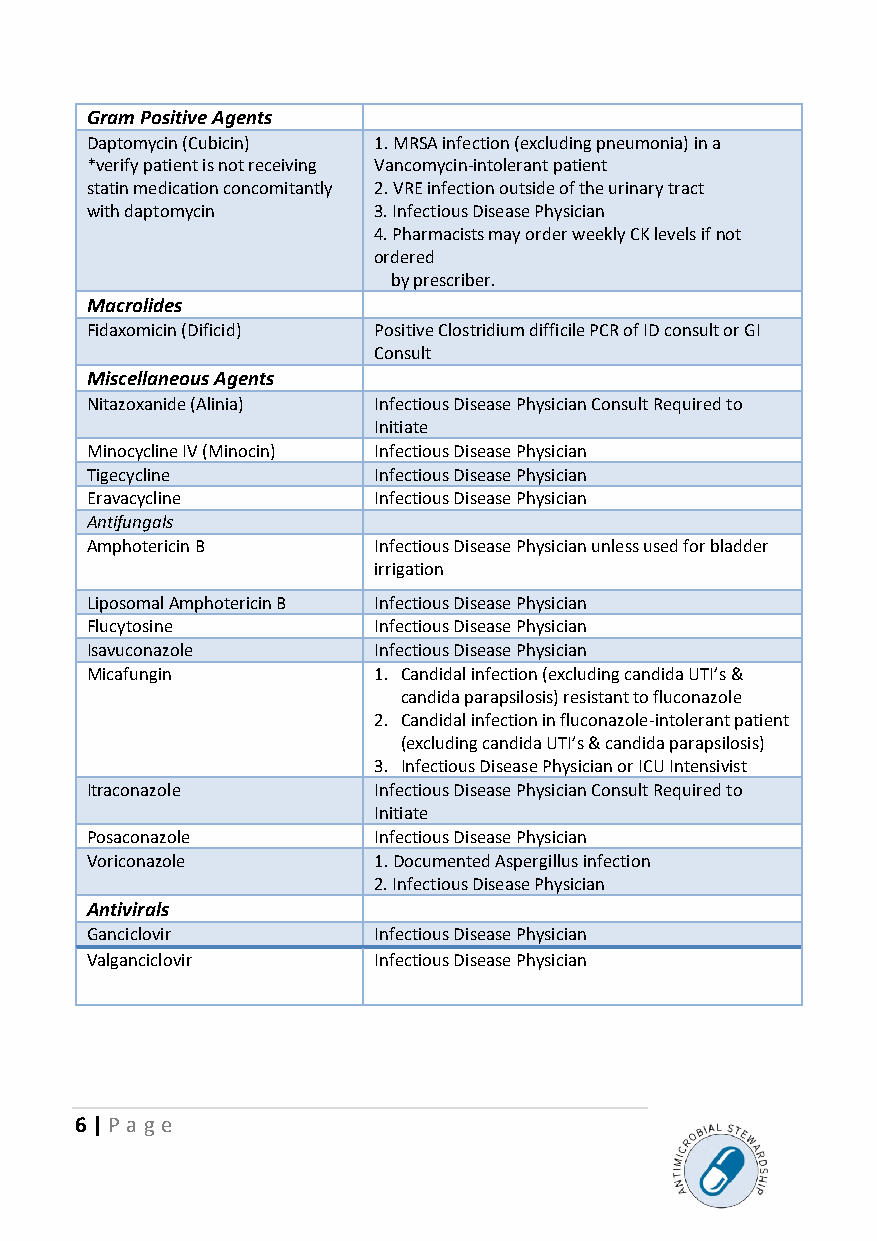
Gram Positive Agents
 Daptomycin (Cubicin) 1. MRSA infection (excluding pneumonia) in a
 *verify patient is not receiving Vancomycin-intolerant patient
 statin medication concomitantly 2. VRE infection outside of the urinary tract
 with daptomycin    3. Infectious Disease Physician
 4. Pharmacists may order weekly CK levels if not
 ordered
 by prescriber.
 Macrolides
 Fidaxomicin (Dificid) Positive Clostridium difficile PCR of ID consult or GI
 Consult
 Miscellaneous Agents
 Nitazoxanide (Alinia) Infectious Disease Physician Consult Required to
 Initiate
 Minocycline IV (Minocin) Infectious Disease Physician
 Tigecycline        Infectious Disease Physician
 Eravacycline       Infectious Disease Physician
 Antifungals
 Amphotericin B     Infectious Disease Physician unless used for bladder
 irrigation
 Liposomal Amphotericin B Infectious Disease Physician
 Flucytosine        Infectious Disease Physician
 Isavuconazole      Infectious Disease Physician
 Micafungin         1. Candidal infection (excluding candida UTI’s &
 candida parapsilosis) resistant to fluconazole
 2. Candidal infection in fluconazole-intolerant patient
 (excluding candida UTI’s & candida parapsilosis)
 3. Infectious Disease Physician or ICU Intensivist
 Itraconazole       Infectious Disease Physician Consult Required to
 Initiate
 Posaconazole       Infectious Disease Physician
 Voriconazole       1. Documented Aspergillus infection
 2. Infectious Disease Physician
 Antivirals
 Ganciclovir        Infectious Disease Physician
 Valganciclovir     Infectious Disease Physician
 6 | P age